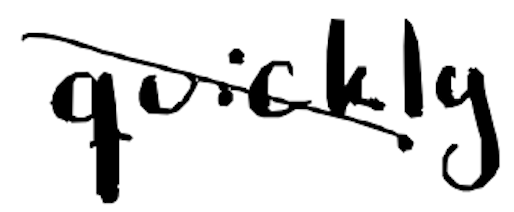
Text: quickly
Cross-out: mix
Writing tool: digital_black